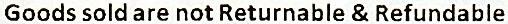
GOODS SOLD ARE NOT RETURNABLE & REFUNDABLE